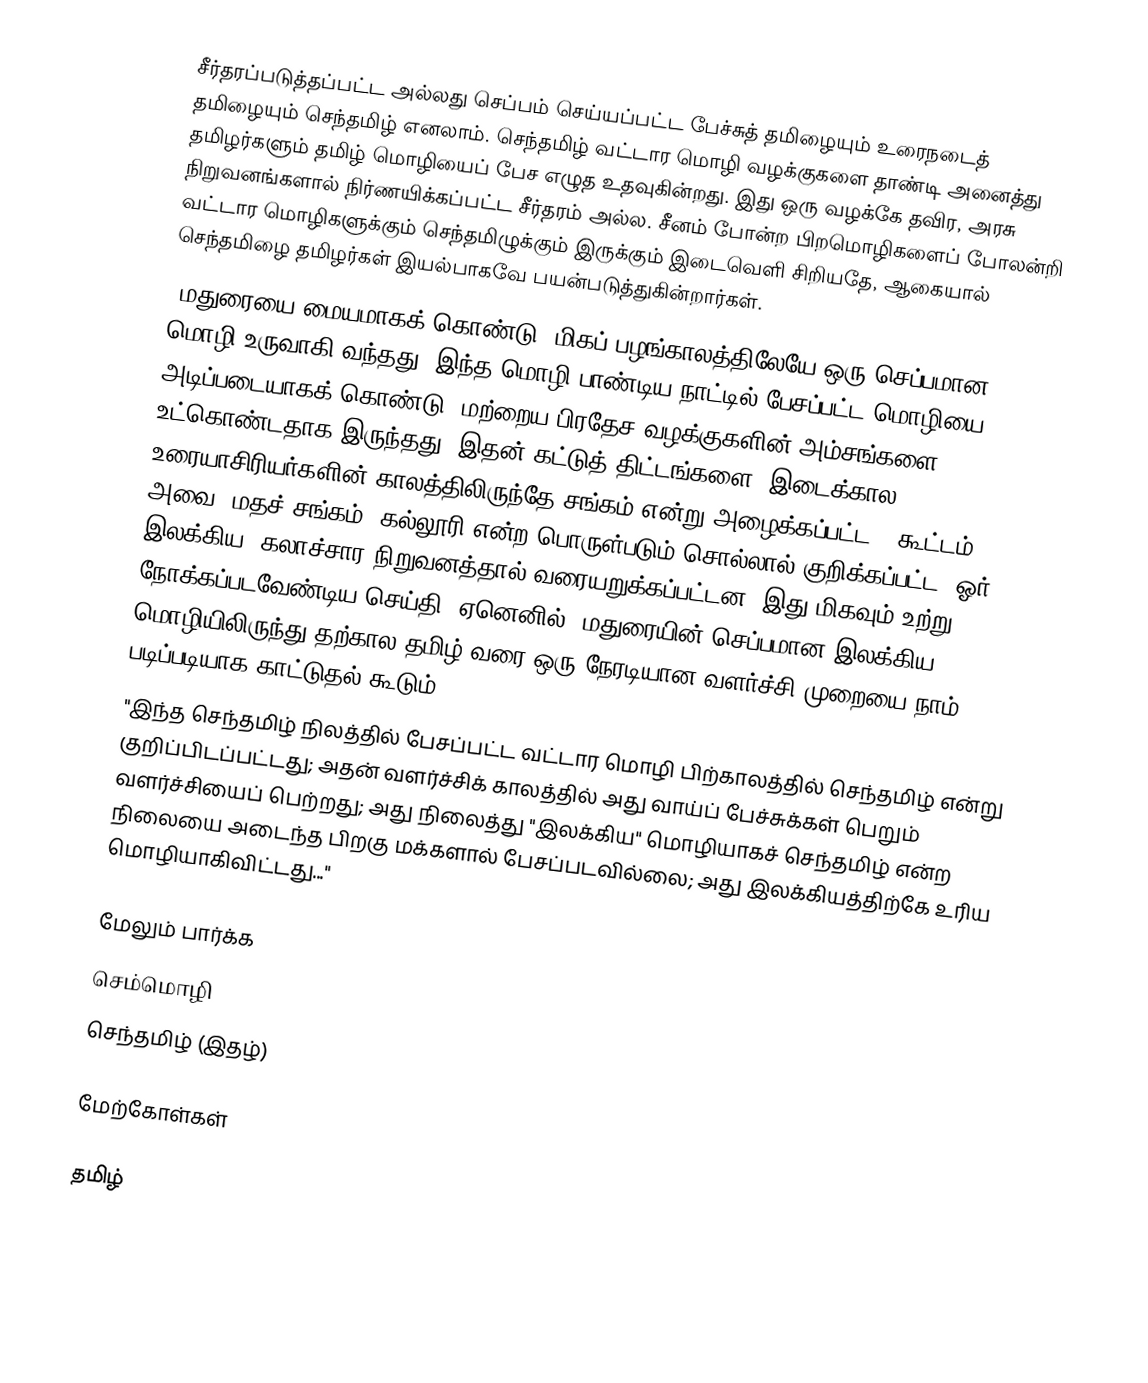
சீர்தரப்படுத்தப்பட்ட அல்லது செப்பம் செய்யப்பட்ட பேச்சுத் தமிழையும் உரைநடைத் தமிழையும் செந்தமிழ் எனலாம்.  செந்தமிழ் வட்டார மொழி வழக்குகளை தாண்டி அனைத்து தமிழர்களும் தமிழ் மொழியைப் பேச எழுத உதவுகின்றது.  இது ஒரு வழக்கே தவிர, அரசு நிறுவனங்களால் நிர்ணயிக்கப்பட்ட சீர்தரம் அல்ல. சீனம் போன்ற பிறமொழிகளைப் போலன்றி வட்டார மொழிகளுக்கும் செந்தமிழுக்கும் இருக்கும் இடைவெளி சிறியதே, ஆகையால் செந்தமிழை தமிழர்கள் இயல்பாகவே பயன்படுத்துகின்றார்கள்.
 "மதுரையை மையமாகக் கொண்டு, மிகப் பழங்காலத்திலேயே ஒரு செப்பமான மொழி உருவாகி வந்தது.  இந்த மொழி பாண்டிய நாட்டில் பேசப்பட்ட மொழியை அடிப்படையாகக் கொண்டு, மற்றைய பிரதேச வழக்குகளின் அம்சங்களை உட்கொண்டதாக இருந்தது.  இதன் கட்டுத் திட்டங்களை, இடைக்கால உரையாசிரியர்களின் காலத்திலிருந்தே சங்கம் என்று அழைக்கப்பட்ட, (கூட்டம், அவை, மதச் சங்கம், கல்லூரி என்ற பொருள்படும் சொல்லால் குறிக்கப்பட்ட)  ஓர் இலக்கிய, கலாச்சார நிறுவனத்தால் வரையறுக்கப்பட்டன.  இது மிகவும் உற்று நோக்கப்படவேண்டிய செய்தி.  ஏனெனில், மதுரையின் செப்பமான இலக்கிய மொழியிலிருந்து தற்கால தமிழ் வரை ஒரு நேரடியான வளர்ச்சி முறையை நாம் படிப்படியாக காட்டுதல் கூடும்."
 "இந்த செந்தமிழ் நிலத்தில் பேசப்பட்ட வட்டார மொழி பிற்காலத்தில் செந்தமிழ் என்று குறிப்பிடப்பட்டது; அதன் வளர்ச்சிக் காலத்தில் அது வாய்ப் பேச்சுக்கள் பெறும் வளர்ச்சியைப் பெற்றது; அது நிலைத்து "இலக்கிய" மொழியாகச் செந்தமிழ் என்ற நிலையை அடைந்த பிறகு மக்களால் பேசப்படவில்லை; அது இலக்கியத்திற்கே உரிய மொழியாகிவிட்டது..."

மேலும் பார்க்க
 செம்மொழி
 செந்தமிழ் (இதழ்)

மேற்கோள்கள்

தமிழ்